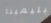
ويليمينا